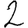
Digit: 2